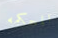
المحكمه